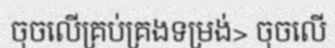
ចុចលើគ្រប់គ្រងទម្រង់> ចុចលើ